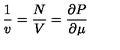
\frac 1 v = \frac N V = \frac { \partial P } { \partial \mu }